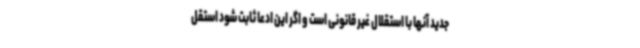
جدید آنها با استقلال غیر قانونی است و اگر این ادعا ثابت شود استقل